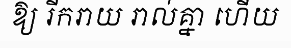
ឱ្យ រីករាយ រាល់គ្នា ហើយ